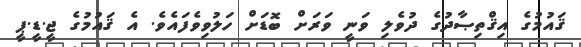
ޤައުމުގެ އިޤްތިޞާދުގެ ދުވެލި ވަނީ ވަރަށް ބޮޑަށް ހަލުވިވެފައެވެ. އެ ޤައުމުގެ ޖީ.ޑީ.ޕީ